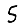
Digit: 5